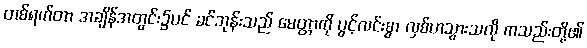
တစ်ရက်တာ အချိန်အတွင်း၌ပင် ခင်ဘုန်းသည် မေတ္တာကို ပွင့်လင်းစွာ လှစ်ဟသွားသလို ကသည်းတို့၏